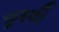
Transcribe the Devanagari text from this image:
कुइकी